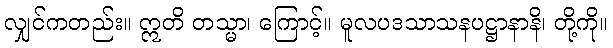
လျှင်ကတည်း။ ဣတိ တသ္မာ၊ ကြောင့်။ မူလပဒသာသနပဋ္ဌာနာနိ၊ တို့ကို။